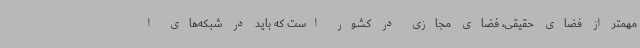
مهمتر از فضای حقیقی، فضای مجازی در کشور است که باید در شبکه‌های ا